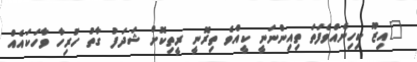
"އިޒޫ ކިހިނެއްވެފަތަ ތިއިންނަނީ ކީއްވެ ތިރޮނީ ރީތިކޮށް ޝަދަފު ގާތު ހުރިހާ ވާހަކައެއް